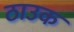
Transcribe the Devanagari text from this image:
ठाउक